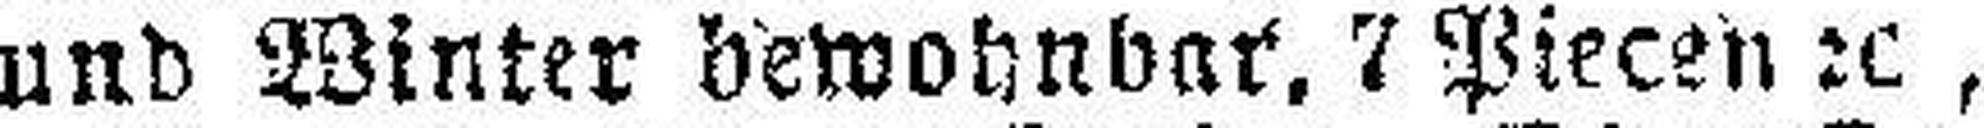
und Winter bewohnbar, 7 Piecen 2c,